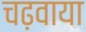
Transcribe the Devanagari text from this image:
चढ़वाया